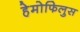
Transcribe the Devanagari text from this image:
हेमोफिलुस